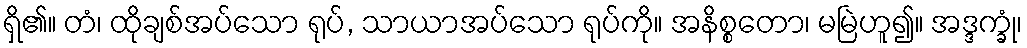
ရှိ၏။ တံ၊ ထိုချစ်အပ်သော ရုပ်, သာယာအပ်သော ရုပ်ကို။ အနိစ္စတော၊ မမြဲဟူ၍။ အဒ္ဒက္ခုံ၊